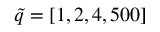
\tilde { q } = [ 1 , 2 , 4 , 5 0 0 ]